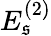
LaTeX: {E}_{\mathfrak{s}}^{(2)}